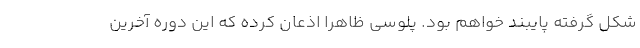
شکل گرفته پایبند خواهم بود. پلوسی ظاهرا اذعان کرده که این دوره آخرین